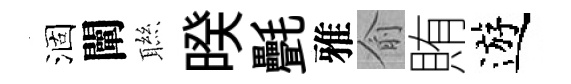
涸闡聮暌㲲雅俞賄遊